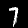
Label: 7